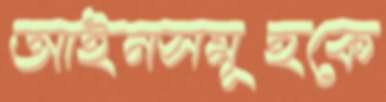
আইনসমূহকে